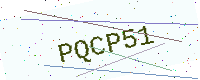
Text: PQCP51